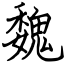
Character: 魏